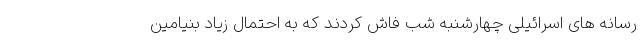
رسانه های اسرائیلی چهارشنبه شب فاش کردند که به احتمال زیاد بنیامین